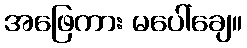
အဖြေကား မပေါ်ချေ။